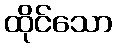
ထိုင်သော